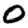
Digit: 0